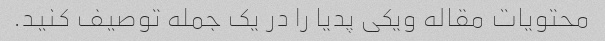
محتویات مقاله ویکی پدیا را در یک جمله توصیف کنید.